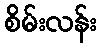
စိမ်းလန်း